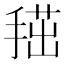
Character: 𢱞